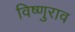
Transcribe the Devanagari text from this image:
विष्णुराव